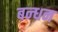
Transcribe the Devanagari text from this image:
बन्‍धन